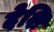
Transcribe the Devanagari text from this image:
देशि